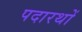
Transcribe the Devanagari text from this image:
पदारथों